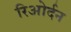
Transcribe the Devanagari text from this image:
रिओर्दन